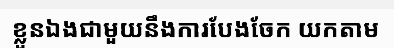
ខ្លួនឯងជាមួយនឹងការបែងចែក យកតាម